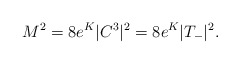
\begin{align*}M^2=8e^{K} |C^3|^2=8e^{K}|T_{-}|^{2}.\end{align*}